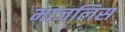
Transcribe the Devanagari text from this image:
माजलिस